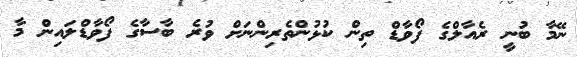
ނޭމާ ބުނީ ރެއާލްގެ ފޯވާޑް ތިން ކުޅުންތެރިންނަށް ވުރެ ބާސާގެ ފޯވާޑްލައިން މާ